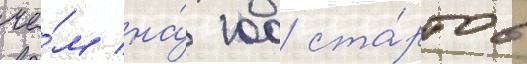
че́м на́ 100 ста́ртов